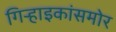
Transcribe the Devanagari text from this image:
गिऱ्हाइकांसमोर